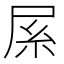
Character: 𡱏